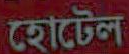
হোটেল